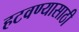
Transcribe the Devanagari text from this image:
हटवण्यासाठी